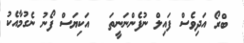
ބްރޯ އަދިވެސް ފައިލް ނުފެންނަނީތަ   އަކިޔަސް ފޯނު ނެގުމާއެކު